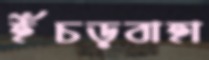
ইঁচড়বাহা